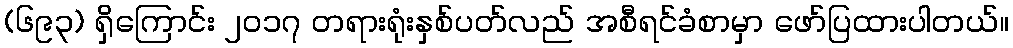
(၆၉၃) ရှိကြောင်း ၂၀၁၇ တရားရုံးနှစ်ပတ်လည် အစီရင်ခံစာမှာ ဖော်ပြထားပါတယ်။